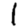
Digit: 1